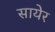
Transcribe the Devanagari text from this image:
सायेर